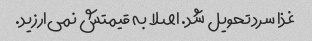
غذا سرد تحویل شد. اصلا به قیمتش نمی‌ارزید.